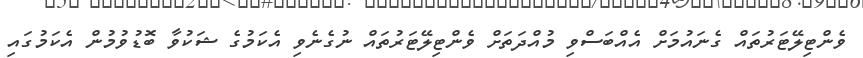
ވެންޓިލޭޓަރުތައް ގެނައުމަށް އެއްބަސްވި މުއްދަތަށް ވެންޓިލޭޓަރުތައް ނުގެނެވި އެކަމުގެ ޝަކުވާ ބޮޑުވުމުން އެކަމުގައި